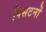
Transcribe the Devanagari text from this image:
पिसटनों